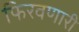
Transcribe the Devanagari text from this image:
फिरवणारी